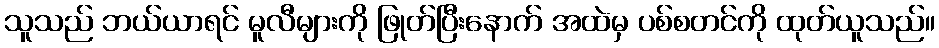
သူသည် ဘယ်ယာရင် မူလီများကို ဖြုတ်ပြီးနောက် အထဲမှ ပစ်စတင်ကို ထုတ်ယူသည်။